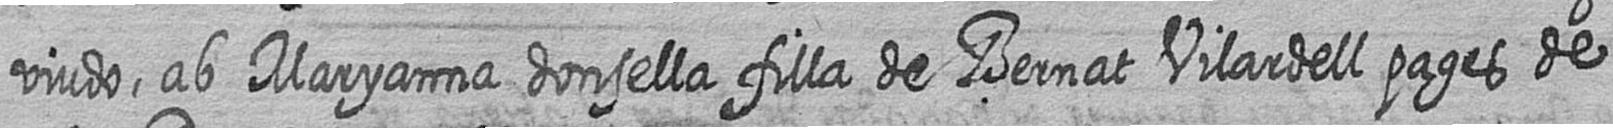
viudo ab Maryanna donsella filla de Bernat Vilardell pages de